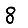
Digit: 8